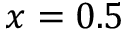
x = 0 . 5